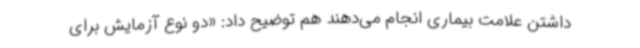
داشتن علامت بیماری انجام می‌دهند هم توضیح داد: «دو نوع آزمایش برای